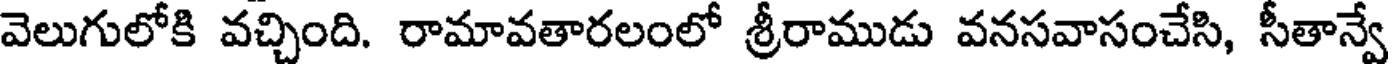
వెలుగులోకి వచ్చింది. రామావతారలంలో శ్రీరాముడు వనసవాసంచేసి, సీతాన్వే